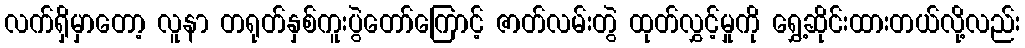
လက်ရှိမှာတော့ လူနာ တရုတ်နှစ်ကူးပွဲတော်ကြောင့် ဇာတ်လမ်းတွဲ ထုတ်လွှင့်မှုကို ရွှေ့ဆိုင်းထားတယ်လို့လည်း